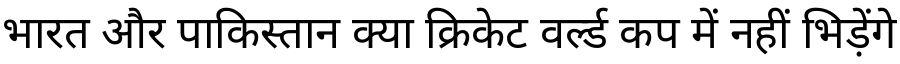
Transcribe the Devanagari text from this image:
भारत और पाकिस्तान क्या क्रिकेट वर्ल्ड कप में नहीं भिड़ेंगे